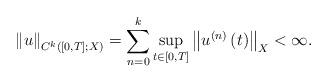
LaTeX: \begin{align*}\left\Vert u\right\Vert _{C^{k}\left(\left[0,T\right];X\right)}=\sum_{n=0}^{k}\sup_{t\in\left[0,T\right]}\left\Vert u^{\left(n\right)}\left(t\right)\right\Vert _{X}<\infty.\end{align*}